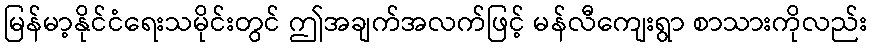
မြန်မာ့နိုင်ငံရေးသမိုင်းတွင် ဤအချက်အလက်ဖြင့် မန်လီကျေးရွာ စာသားကိုလည်း